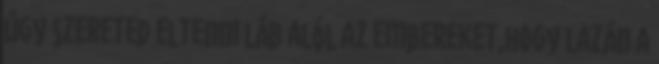
úgy szereted eltenni láb alól az embereket,hogy lazán a